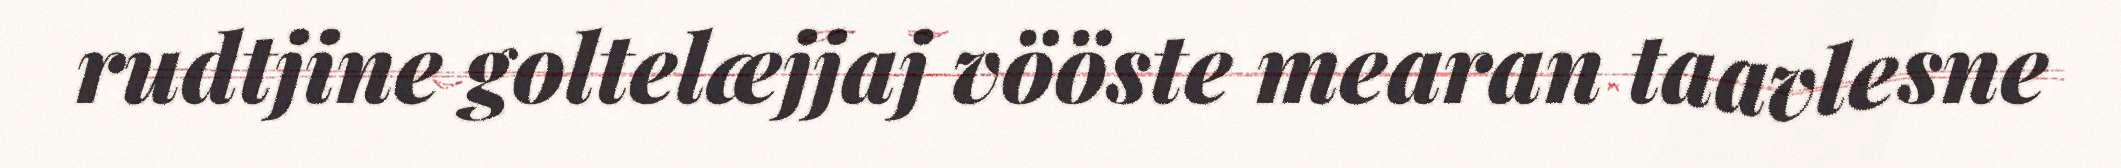
rudtjine goltelæjjaj vööste mearan taavlesne